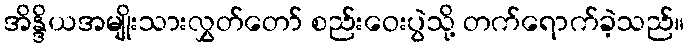
အိန္ဒိယအမျိုးသားလွှတ်တော် စည်းဝေးပွဲသို့ တက်ရောက်ခဲ့သည်။